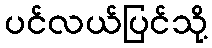
ပင်လယ်ပြင်သို့